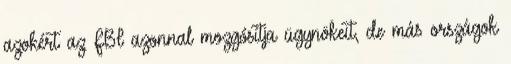
azokért az FBI azonnal mozgósítja ügynökeit, de más országok